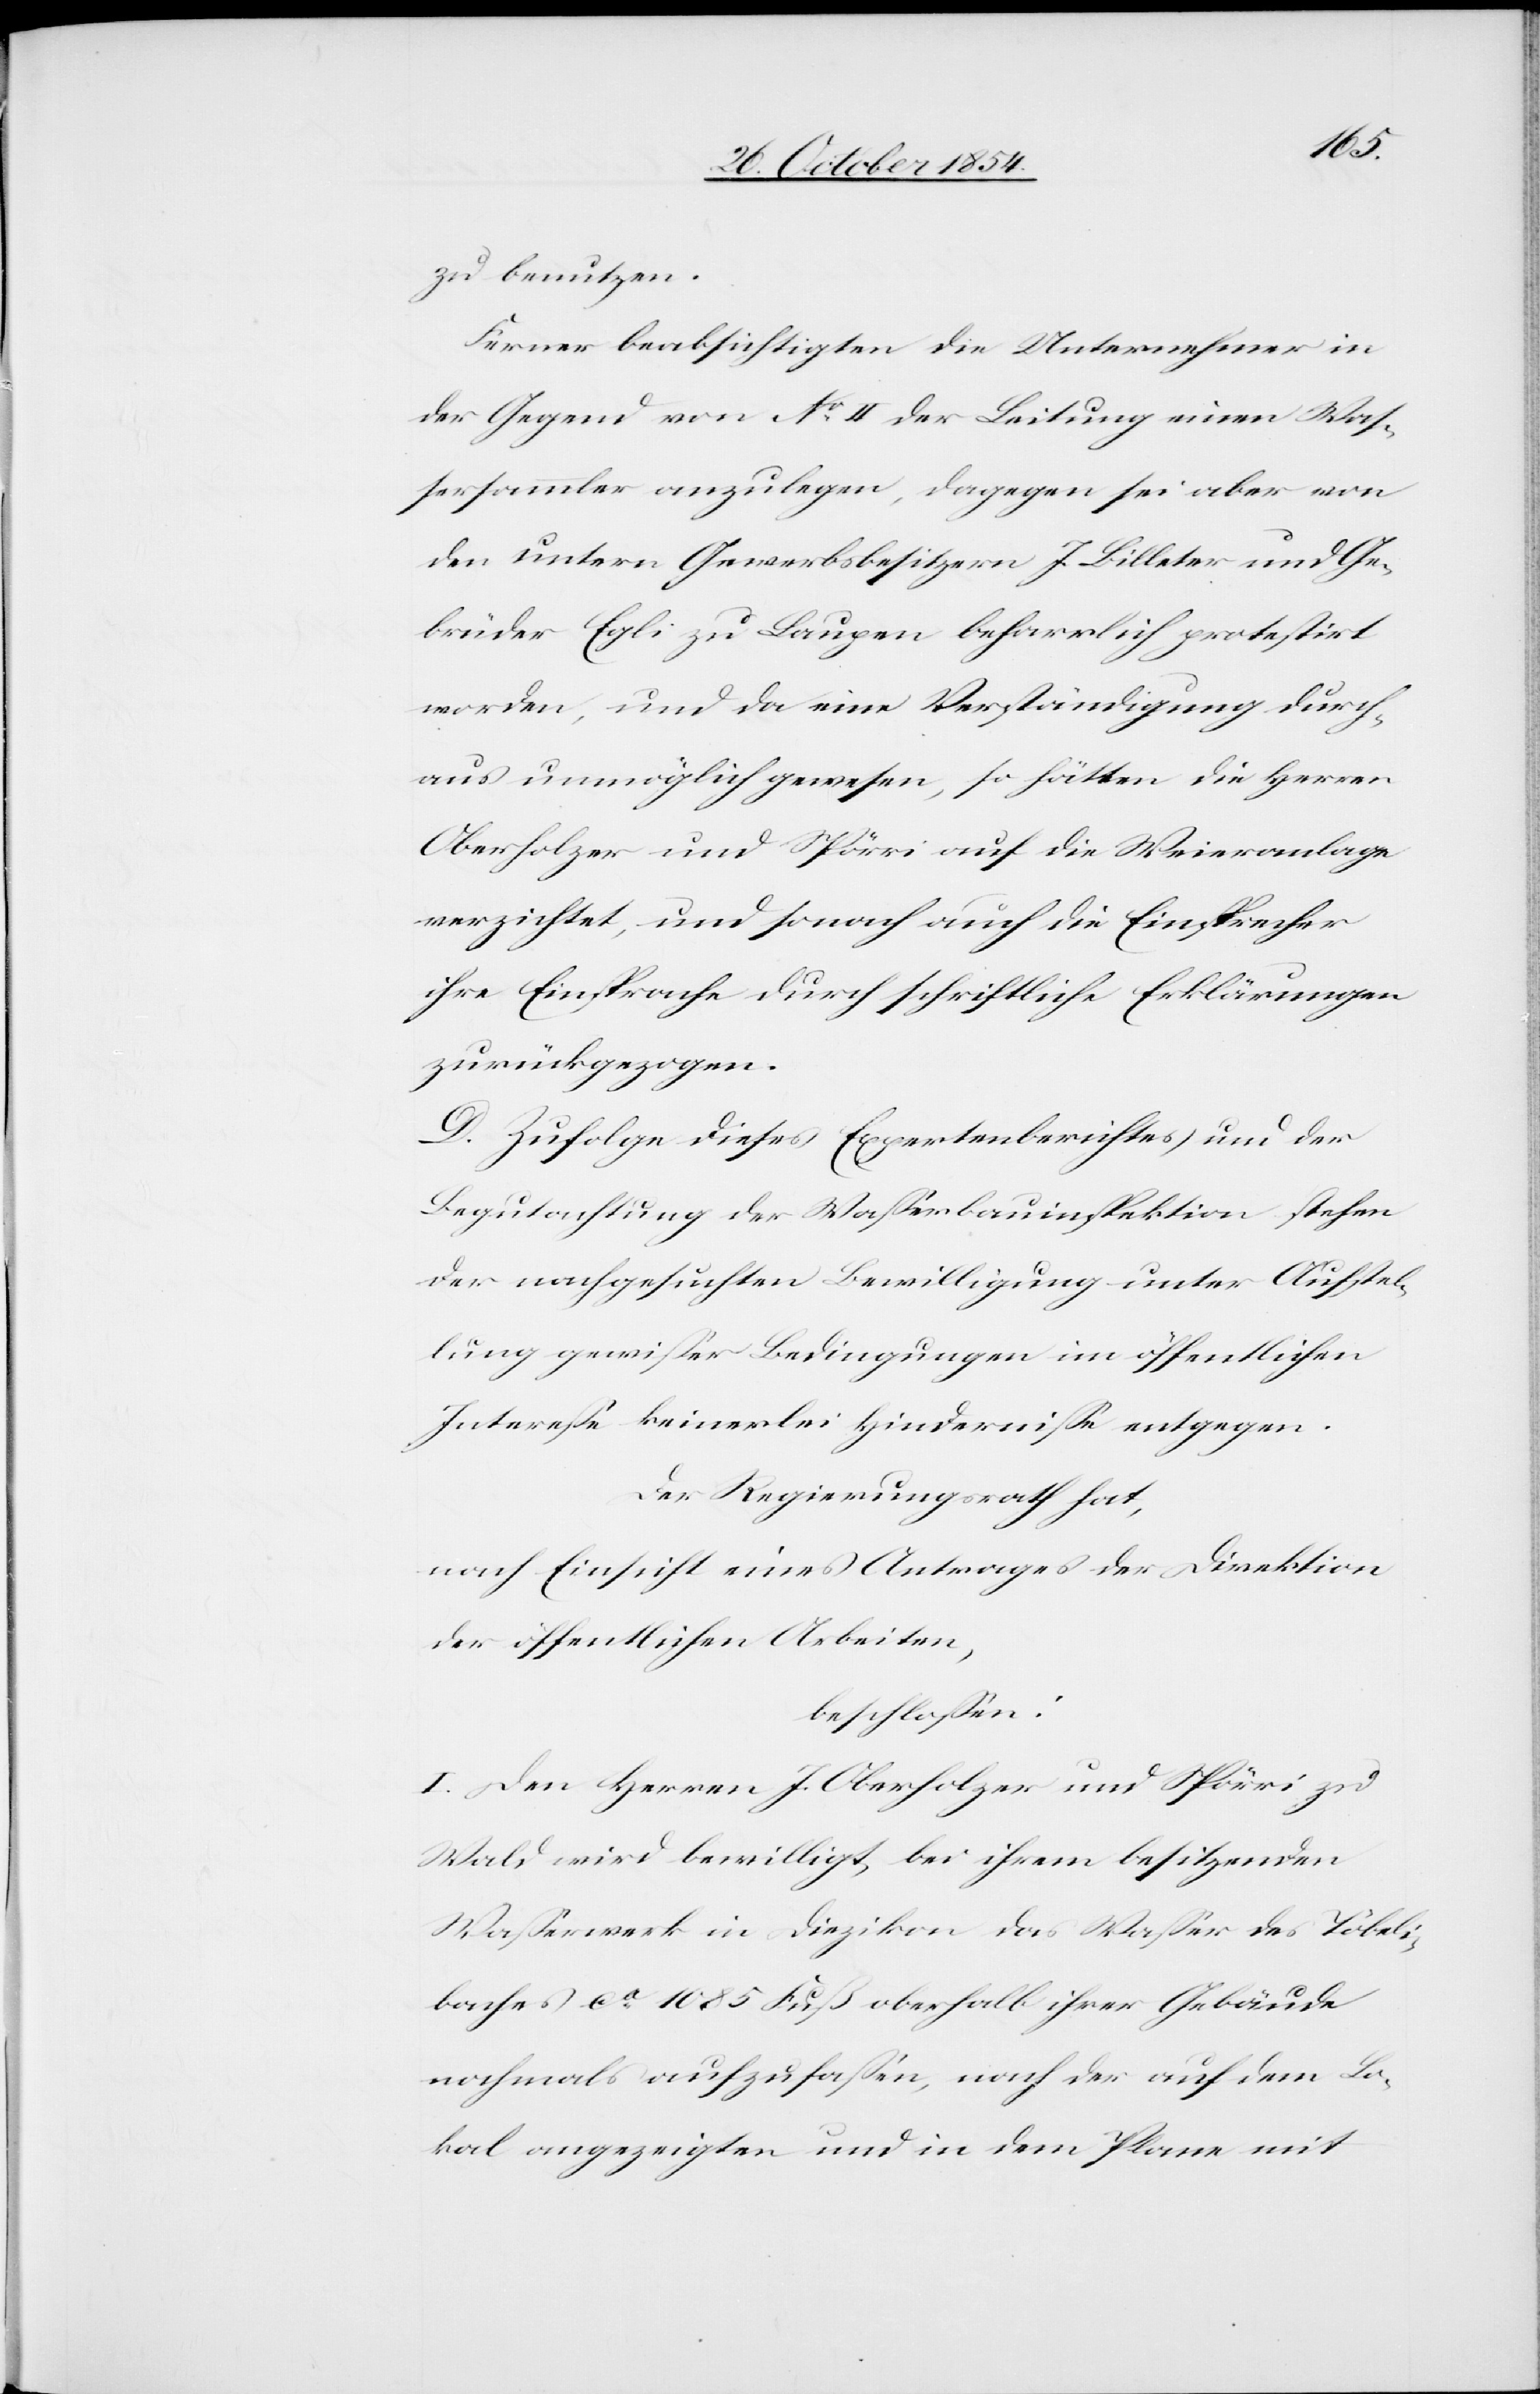
zu benutzen.
Ferner beabsichtigten die Unternehmer in
der Gegend von No II der Leitung einen Was¬
sersammler anzulegen, dagegen sei aber von
den untern Gewerbsbesitzern I. Billeter und Ge¬
brüder Egli zu Laupen beharrlich protestirt
worden, und da eine Verständigung durch¬
aus unmöglich gewesen, so hätten die Herren
Oberholzer und Spörri auf die Weieranlage
verzichtet, und sonach auch die Einsprecher
ihre Einsprache durch schriftliche Erklärungen
zurückgezogen.
D. Zufolge dieses Expertenberichtes und der
Begutachtung der Waßerbauinspektion stehen
der nachgesuchten Bewilligung unter Aufstel¬
lung gewißer Bedingungen im öffentlichen
Intereße keinerlei Hinderniße entgegen.
Der Regierungsrath hat,
nach Einsicht eines Antrages der Direktion
der öffentlichen Arbeiten,
beschloßen:
I. Den Herren J. Oberholzer und Spörri zu
Wald wird bewilligt, bei ihrem besitzenden
Waßerwerk in Diezikon das Waßer des Töbeli¬
baches ca 1085 Fuß oberhalb ihrer Gebäude
nochmals aufzufaßen, nach der auf dem Lo¬
kal angezeigten und in dem Plane mit